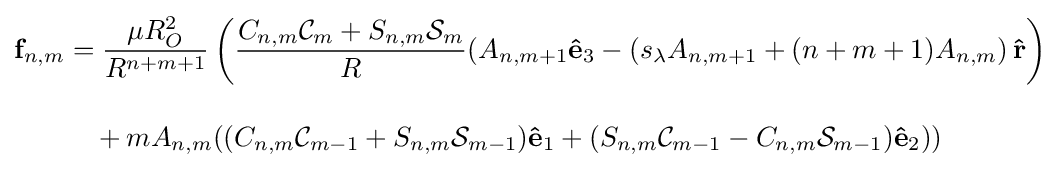
{\begin{aligned}\mathbf {f} _{n,m}&={\frac {\mu R_{O}^{2}}{R^{n+m+1}}}\left({\frac {C_{n,m}{\mathcal {C}}_{m}+S_{n,m}{\mathcal {S}}_{m}}{R}}(A_{n,m+1}\mathbf {\hat {e}} _{3}-\left(s_{\lambda }A_{n,m+1}+(n+m+1)A_{n,m}\right)\mathbf {\hat {r}} \right)\\[10pt]&{}\quad {}+mA_{n,m}((C_{n,m}{\mathcal {C}}_{m-1}+S_{n,m}{\mathcal {S}}_{m-1})\mathbf {\hat {e}} _{1}+(S_{n,m}{\mathcal {C}}_{m-1}-C_{n,m}{\mathcal {S}}_{m-1})\mathbf {\hat {e}} _{2}))\end{aligned}}